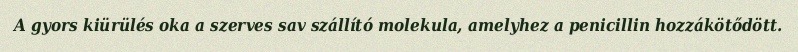
A gyors kiürülés oka a szerves sav szállító molekula, amelyhez a penicillin hozzákötődött.